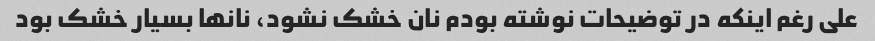
علی رغم اینکه در توضیحات نوشته بودم نان خشک نشود، نانها بسیار خشک بود